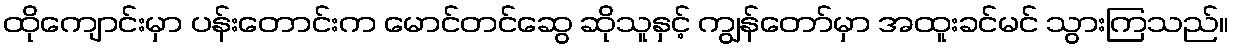
ထိုကျောင်းမှာ ပန်းတောင်းက မောင်တင်ဆွေ ဆိုသူနှင့် ကျွန်တော်မှာ အထူးခင်မင် သွားကြသည်။